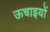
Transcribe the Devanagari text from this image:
ऊचाइयों